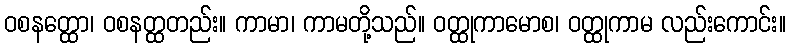
ဝစနတ္ထော၊ ဝစနတ္ထတည်း။ ကာမာ၊ ကာမတို့သည်။ ဝတ္ထုကာမောစ၊ ဝတ္ထုကာမ လည်းကောင်း။